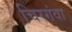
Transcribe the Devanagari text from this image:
चिरगंवा